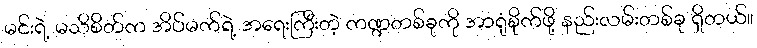
မင်းရဲ့ မသိစိတ်က အိပ်မက်ရဲ့ အရေးကြီးတဲ့ ကဏ္ဍတစ်ခုကို အာရုံစိုက်ဖို့ နည်းလမ်းတစ်ခု ရှိတယ်။